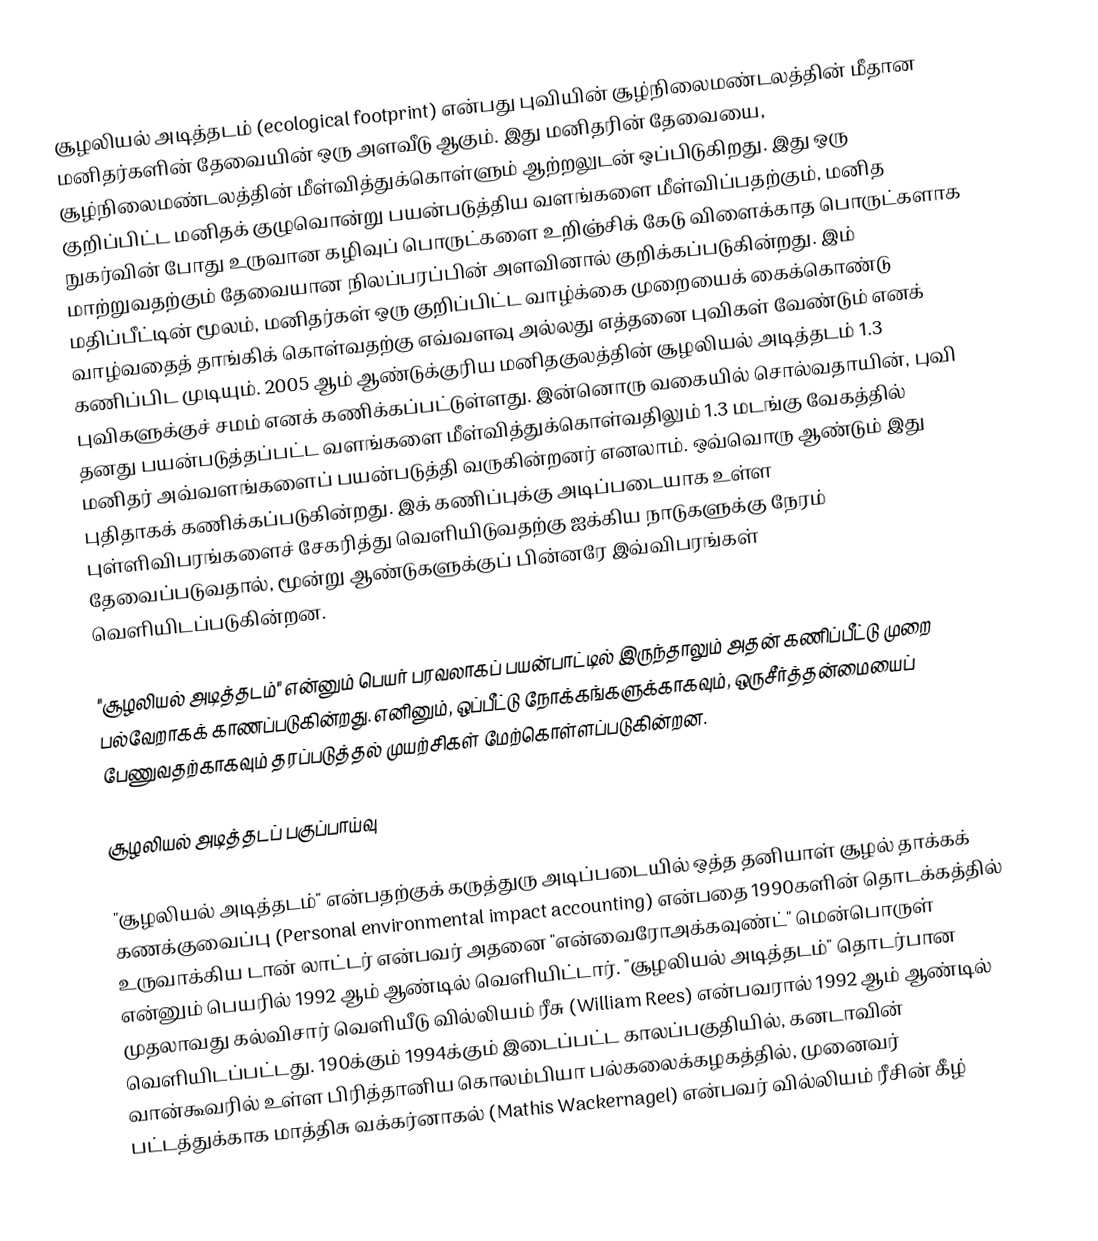
சூழலியல் அடித்தடம் (ecological footprint) என்பது புவியின் சூழ்நிலைமண்டலத்தின் மீதான மனிதர்களின் தேவையின் ஒரு அளவீடு ஆகும். இது மனிதரின் தேவையை, சூழ்நிலைமண்டலத்தின் மீள்வித்துக்கொள்ளும் ஆற்றலுடன் ஒப்பிடுகிறது. இது ஒரு குறிப்பிட்ட மனிதக் குழுவொன்று பயன்படுத்திய வளங்களை மீள்விப்பதற்கும், மனித நுகர்வின் போது உருவான கழிவுப் பொருட்களை உறிஞ்சிக் கேடு விளைக்காத பொருட்களாக மாற்றுவதற்கும் தேவையான நிலப்பரப்பின் அளவினால் குறிக்கப்படுகின்றது. இம் மதிப்பீட்டின் மூலம், மனிதர்கள் ஒரு குறிப்பிட்ட வாழ்க்கை முறையைக் கைக்கொண்டு வாழ்வதைத் தாங்கிக் கொள்வதற்கு எவ்வளவு அல்லது எத்தனை புவிகள் வேண்டும் எனக் கணிப்பிட முடியும். 2005 ஆம் ஆண்டுக்குரிய மனிதகுலத்தின் சூழலியல் அடித்தடம் 1.3 புவிகளுக்குச் சமம் எனக் கணிக்கப்பட்டுள்ளது. இன்னொரு வகையில் சொல்வதாயின், புவி தனது பயன்படுத்தப்பட்ட வளங்களை மீள்வித்துக்கொள்வதிலும் 1.3 மடங்கு வேகத்தில் மனிதர் அவ்வளங்களைப் பயன்படுத்தி வருகின்றனர் எனலாம். ஒவ்வொரு ஆண்டும் இது புதிதாகக் கணிக்கப்படுகின்றது. இக் கணிப்புக்கு அடிப்படையாக உள்ள புள்ளிவிபரங்களைச் சேகரித்து வெளியிடுவதற்கு ஐக்கிய நாடுகளுக்கு நேரம் தேவைப்படுவதால், மூன்று ஆண்டுகளுக்குப் பின்னரே இவ்விபரங்கள் வெளியிடப்படுகின்றன.

"சூழலியல் அடித்தடம்" என்னும் பெயர் பரவலாகப் பயன்பாட்டில் இருந்தாலும் அதன் கணிப்பீட்டு முறை பல்வேறாகக் காணப்படுகின்றது. எனினும், ஒப்பீட்டு நோக்கங்களுக்காகவும், ஒருசீர்த்தன்மையைப் பேணுவதற்காகவும் தரப்படுத்தல் முயற்சிகள் மேற்கொள்ளப்படுகின்றன.

சூழலியல் அடித்தடப் பகுப்பாய்வு

"சூழலியல் அடித்தடம்" என்பதற்குக் கருத்துரு அடிப்படையில் ஒத்த தனியாள் சூழல் தாக்கக் கணக்குவைப்பு (Personal environmental impact  accounting) என்பதை 1990களின் தொடக்கத்தில் உருவாக்கிய டான் லாட்டர் என்பவர் அதனை "என்வைரோஅக்கவுண்ட்" மென்பொருள் என்னும் பெயரில் 1992 ஆம் ஆண்டில் வெளியிட்டார். "சூழலியல் அடித்தடம்" தொடர்பான முதலாவது கல்விசார் வெளியீடு வில்லியம் ரீசு (William Rees) என்பவரால் 1992 ஆம் ஆண்டில் வெளியிடப்பட்டது. 190க்கும் 1994க்கும் இடைப்பட்ட காலப்பகுதியில், கனடாவின் வான்கூவரில் உள்ள பிரித்தானிய கொலம்பியா பல்கலைக்கழகத்தில், முனைவர் பட்டத்துக்காக மாத்திசு வக்கர்னாகல் (Mathis Wackernagel) என்பவர் வில்லியம் ரீசின் கீழ்